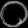
Digit: ၀